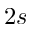
2 s